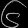
Digit: ၆